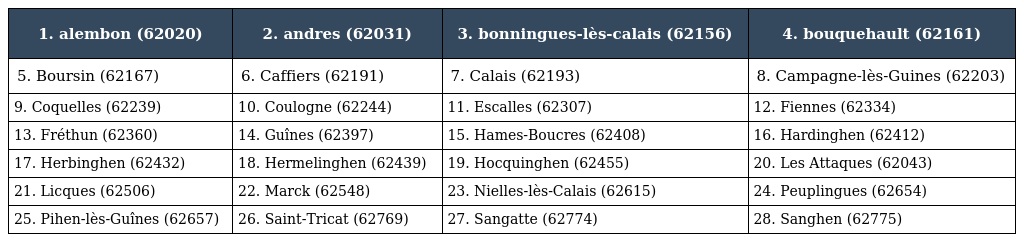
| 1. alembon (62020) | 2. andres (62031) | 3. bonningues-lès-calais (62156) | 4. bouquehault (62161) |
 | --- | --- | --- | --- |
 | 5. Boursin (62167) | 6. Caffiers (62191) | 7. Calais (62193) | 8. Campagne-lès-Guines (62203) |
 | 9. Coquelles (62239) | 10. Coulogne (62244) | 11. Escalles (62307) | 12. Fiennes (62334) |
 | 13. Fréthun (62360) | 14. Guînes (62397) | 15. Hames-Boucres (62408) | 16. Hardinghen (62412) |
 | 17. Herbinghen (62432) | 18. Hermelinghen (62439) | 19. Hocquinghen (62455) | 20. Les Attaques (62043) |
 | 21. Licques (62506) | 22. Marck (62548) | 23. Nielles-lès-Calais (62615) | 24. Peuplingues (62654) |
 | 25. Pihen-lès-Guînes (62657) | 26. Saint-Tricat (62769) | 27. Sangatte (62774) | 28. Sanghen (62775) |